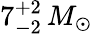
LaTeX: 7_{-2}^{+2}\, M_{\odot}